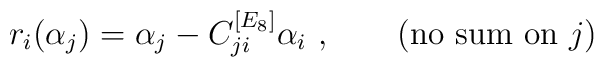
\quad r_i(\alpha_j)=\alpha_j-C^{[E_8]}_{ji}\alpha_i~,\qquad\mbox{(no sum on $j$)}